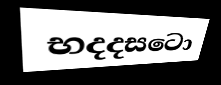
භදදසටො